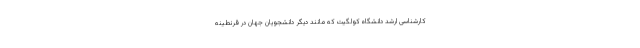
کارشناسی ارشد دانشگاه کولگیت که مانند دیگر دانشجویان جهان در قرنطینه